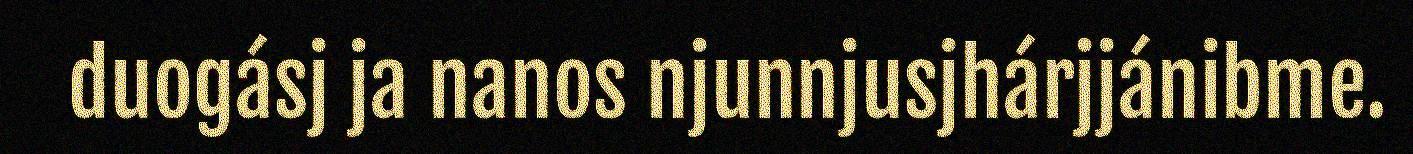
duogásj ja nanos njunnjusjhárjjánibme.